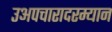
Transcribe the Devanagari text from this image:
उअपचारादरम्यान